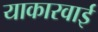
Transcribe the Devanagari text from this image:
याकारवाई